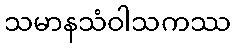
သမာနသံဝါသကဿ